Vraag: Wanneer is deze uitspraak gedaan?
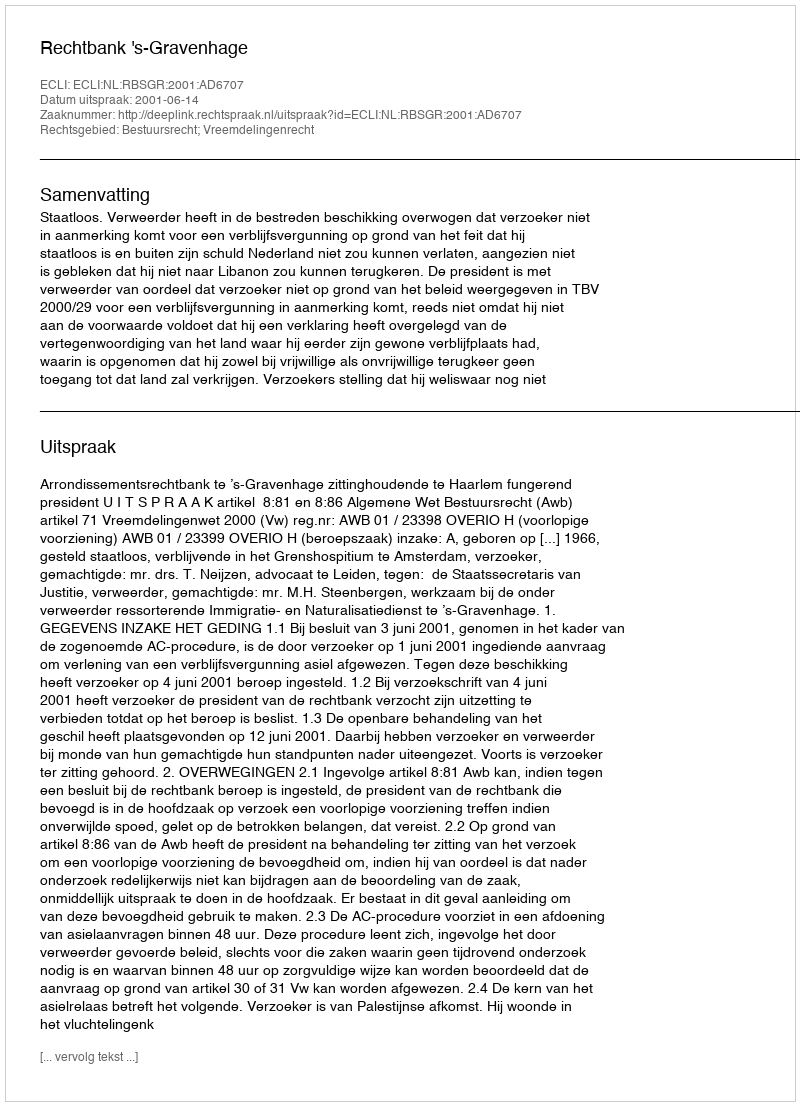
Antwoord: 2001-06-14